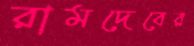
রামদেবের